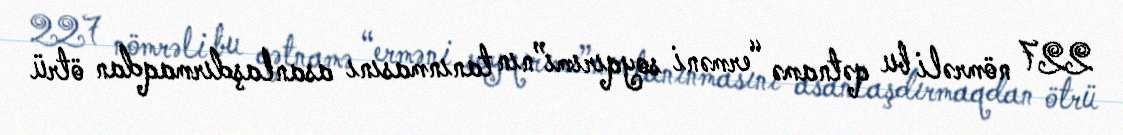
227 nömrəli bu qətnamə “erməni soyqırımı”nın tanınmasını asanlaşdırmaqdan ötrü